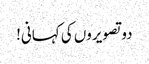
دو تصویروں کی کہانی!